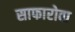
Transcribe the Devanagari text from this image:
साफारोवा